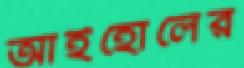
আইহোলের